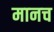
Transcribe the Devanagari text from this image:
मानच